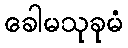
ခေါမသုခုမံ